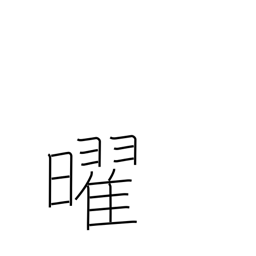
Meaning: weekday